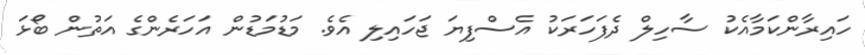
ހައިރާންކަމާއެކު ސާހިލް ދެފަހަރަކު އެސްފިޔަ ޖަހައިލި އެވެ. މަޑުމަޑުން އަހަރެންގެ އަތުން ބޯޅަ